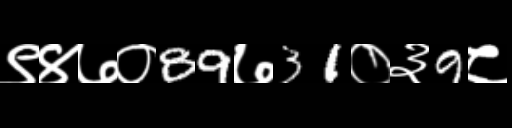
Text: ९४७०89७31०३9८